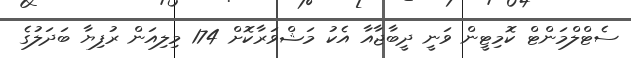
ސެޓްލްމަންޓް ކޮމިޓީން ވަނީ ދީބާޖާއާ އެކު މަޝްވަރާކޮށް 174 މިލިއަން ރުފިޔާ ބަދަލުގެ